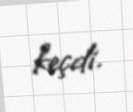
keçdi.